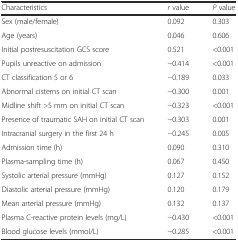
| Characteristics | r value | P value |
 | --- | --- | --- |
 | Sex (male/female) | 0.092 | 0.303 |
 | Age (years) | 0.046 | 0.606 |
 | Initial postresuscitation GCS score | 0.521 | <0.001 |
 | Pupils unreactive on admission | −0.414 | <0.001 |
 | CT classification 5 or 6 | −0.189 | 0.033 |
 | Abnormal cisterns on initial CT scan | −0.300 | 0.001 |
 | Midline shift >5 mm on initial CT scan | −0.323 | <0.001 |
 | Presence of traumatic SAH on initial CT scan | −0.303 | 0.001 |
 | Intracranial surgery in the first 24 h | −0.245 | 0.005 |
 | Admission time (h) | 0.090 | 0.310 |
 | Plasma-sampling time (h) | 0.067 | 0.450 |
 | Systolic arterial pressure (mmHg) | 0.127 | 0.152 |
 | Diastolic arterial pressure (mmHg) | 0.120 | 0.179 |
 | Mean arterial pressure (mmHg) | 0.132 | 0.137 |
 | Plasma C-reactive protein levels (mg/L) | −0.430 | <0.001 |
 | Blood glucose levels (mmol/L) | −0.285 | <0.001 |